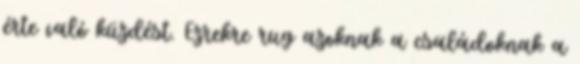
érte való küzdést. Ezrekre rug azoknak a családoknak a